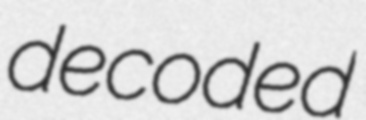
decoded